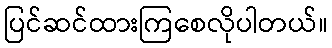
ပြင်ဆင်ထားကြစေလိုပါတယ်။